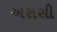
અરાસી